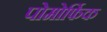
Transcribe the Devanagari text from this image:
पोमोर्फिक